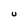
Character: U